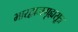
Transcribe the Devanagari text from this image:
भारद्वाजगृह्यसूत्र